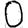
Digit: 0